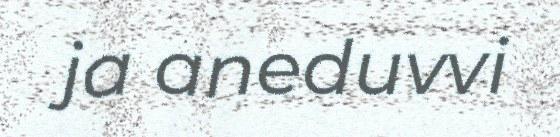
ja aneduvvi